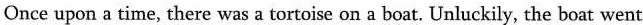
Once upon a time, there was a tortoise on a boat. Unluckily, the boat went